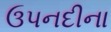
ઉપનદીના